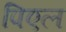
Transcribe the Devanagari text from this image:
पिएल